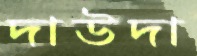
দাউদা